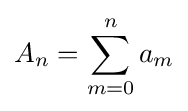
A_{n}=\sum _{m=0}^{n}a_{m}